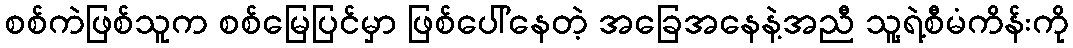
စစ်ကဲဖြစ်သူက စစ်မြေပြင်မှာ ဖြစ်ပေါ်နေတဲ့ အခြေအနေနဲ့အညီ သူ့ရဲ့စီမံကိန်းကို